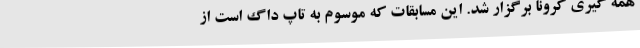
همه گیری کرونا برگزار شد. این مسابقات که موسوم به تاپ داگ است از